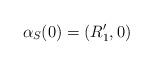
\begin{align*}\alpha_S(0)=(R_1',0)\end{align*}